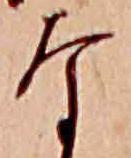
な